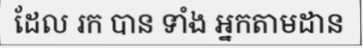
ដែល រក បាន ទាំង អ្នកតាមដាន